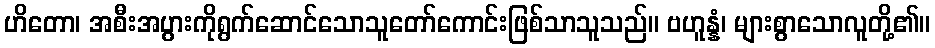
ဟိတော၊ အစီးအပွားကိုရွက်ဆောင်သောသူတော်ကောင်းဖြစ်သာသူသည်။ ဗဟူန္နံ၊ များစွာသောလူတို့၏။